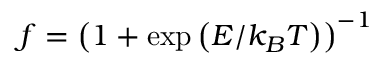
f = \left( 1 + \exp \left( E / k _ { B } T \right) \right) ^ { - 1 }